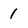
Character: 1